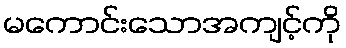
မကောင်းသောအကျင့်ကို